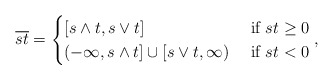
\begin{align*}\overline{st} =\begin{cases} [s\wedge t, s\vee t] &\mbox{ if } st\ge 0\\(-\infty,s\wedge t]\cup [s\vee t,\infty) &\mbox{ if } st< 0\end{cases},\end{align*}